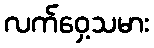
လက်ဝှေ့သမား